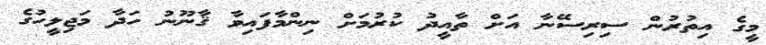
މީގެ އިތުރުން ސިރިސޭނާ އަށް ތާއީދު ކުރުމަށް ނިންމާފައިވާ ޤާނޫނު ހަދާ މަޖިލީހުގެ